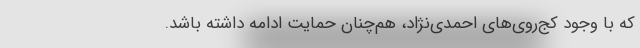
که با وجود کج‌روی‌های احمدی‌نژاد، هم‌چنان حمایت ادامه داشته باشد.